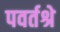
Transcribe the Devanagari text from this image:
पवर्तश्रे